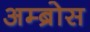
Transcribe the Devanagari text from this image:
अम्ब्रोस